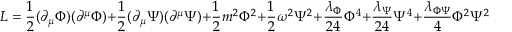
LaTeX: L = { \frac { 1 } { 2 } } ( \partial _ { \mu } \Phi ) ( \partial ^ { \mu } \Phi ) + { \frac { 1 } { 2 } } ( \partial _ { \mu } \Psi ) ( \partial ^ { \mu } \Psi ) + { \frac { 1 } { 2 } } m ^ { 2 } \Phi ^ { 2 } + { \frac { 1 } { 2 } } \omega ^ { 2 } \Psi ^ { 2 } + { \frac { \lambda _ { \Phi } } { 2 4 } } \Phi ^ { 4 } + { \frac { \lambda _ { \Psi } } { 2 4 } } \Psi ^ { 4 } + { \frac { \lambda _ { \Phi \Psi } } { 4 } } \Phi ^ { 2 } \Psi ^ { 2 } ~ ,